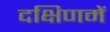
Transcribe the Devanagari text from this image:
दक्षिणमें